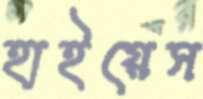
হাইয়েস